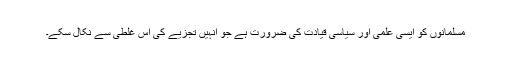
مسلمانوں کو ایسی علمی اور سیاسی قیادت کی ضرورت ہے جو انہیں تجزیے کی اس غلطی سے نکال سکے۔